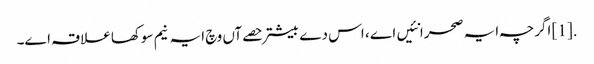
.[1] اگرچہ ایہ صحرا نئیں اے ، اس دے بیشتر حصےآں وچ ایہ نیم سوکھا علاقہ ا‏‏ے۔